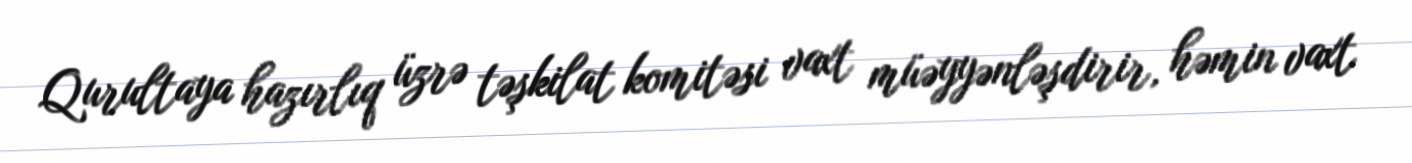
Qurultaya hazırlıq üzrə təşkilat komitəsi vaxt müəyyənləşdirir, həmin vaxt